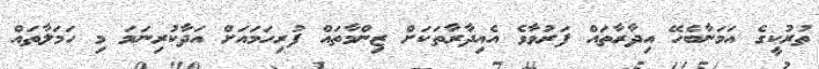
ތުރުކީގެ އަމަނާބެހޭ އިދާރާތައް ފަރުވާވެ އެއިދާރާތަކަށް ޒިންމާތައް ފުރިހަމައަށް އަދާކުރިނަމަ މި ހަމަލާތައް